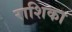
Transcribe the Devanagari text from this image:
राशिका